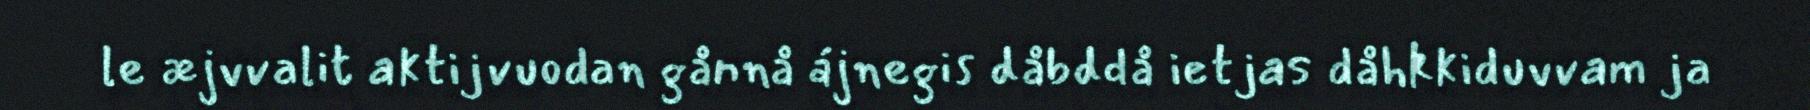
le æjvvalit aktijvuodan gånnå ájnegis dåbddå ietjas dåhkkiduvvam ja